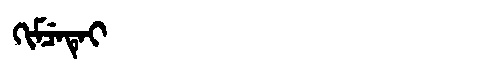
Manchu: ᡴᡳᠮᠴᡝᡨᡝᡳ
Romanization: KIMCETEI